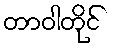
တာဝါတိုင်